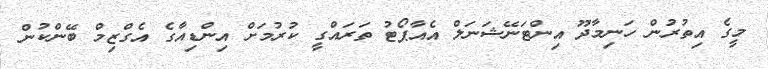
މީގެ އިތުރުން ހަނިމާދޫ އިންޓަނޭޝަނަލް އެއާޕޯޓު ތަރައްގީ ކުރުމަށް އިންޑިއާގެ އެގްޒިމް ބޭންކުން